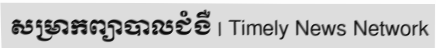
សម្រាកព្យាបាលជំងឺ | Timely News Network